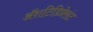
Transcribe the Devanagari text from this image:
अॅशटिडिप्रेसंट